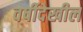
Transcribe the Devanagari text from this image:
वर्षीदेखील